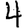
Digit: 4